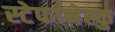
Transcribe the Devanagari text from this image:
स्टेफानेस्कु